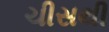
ચીસથી